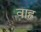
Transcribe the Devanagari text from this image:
वाह्न